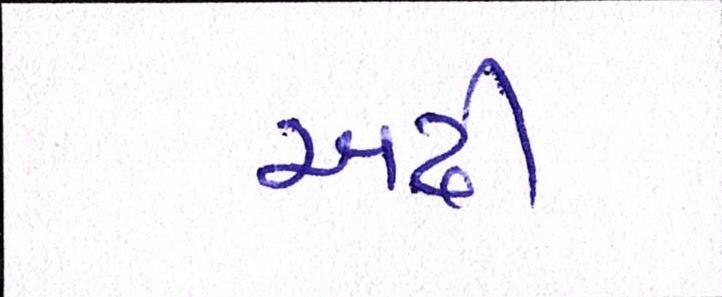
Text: અઢી